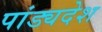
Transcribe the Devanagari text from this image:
पांड्यदेश